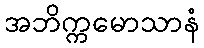
အဘိက္ကမောသာနံ